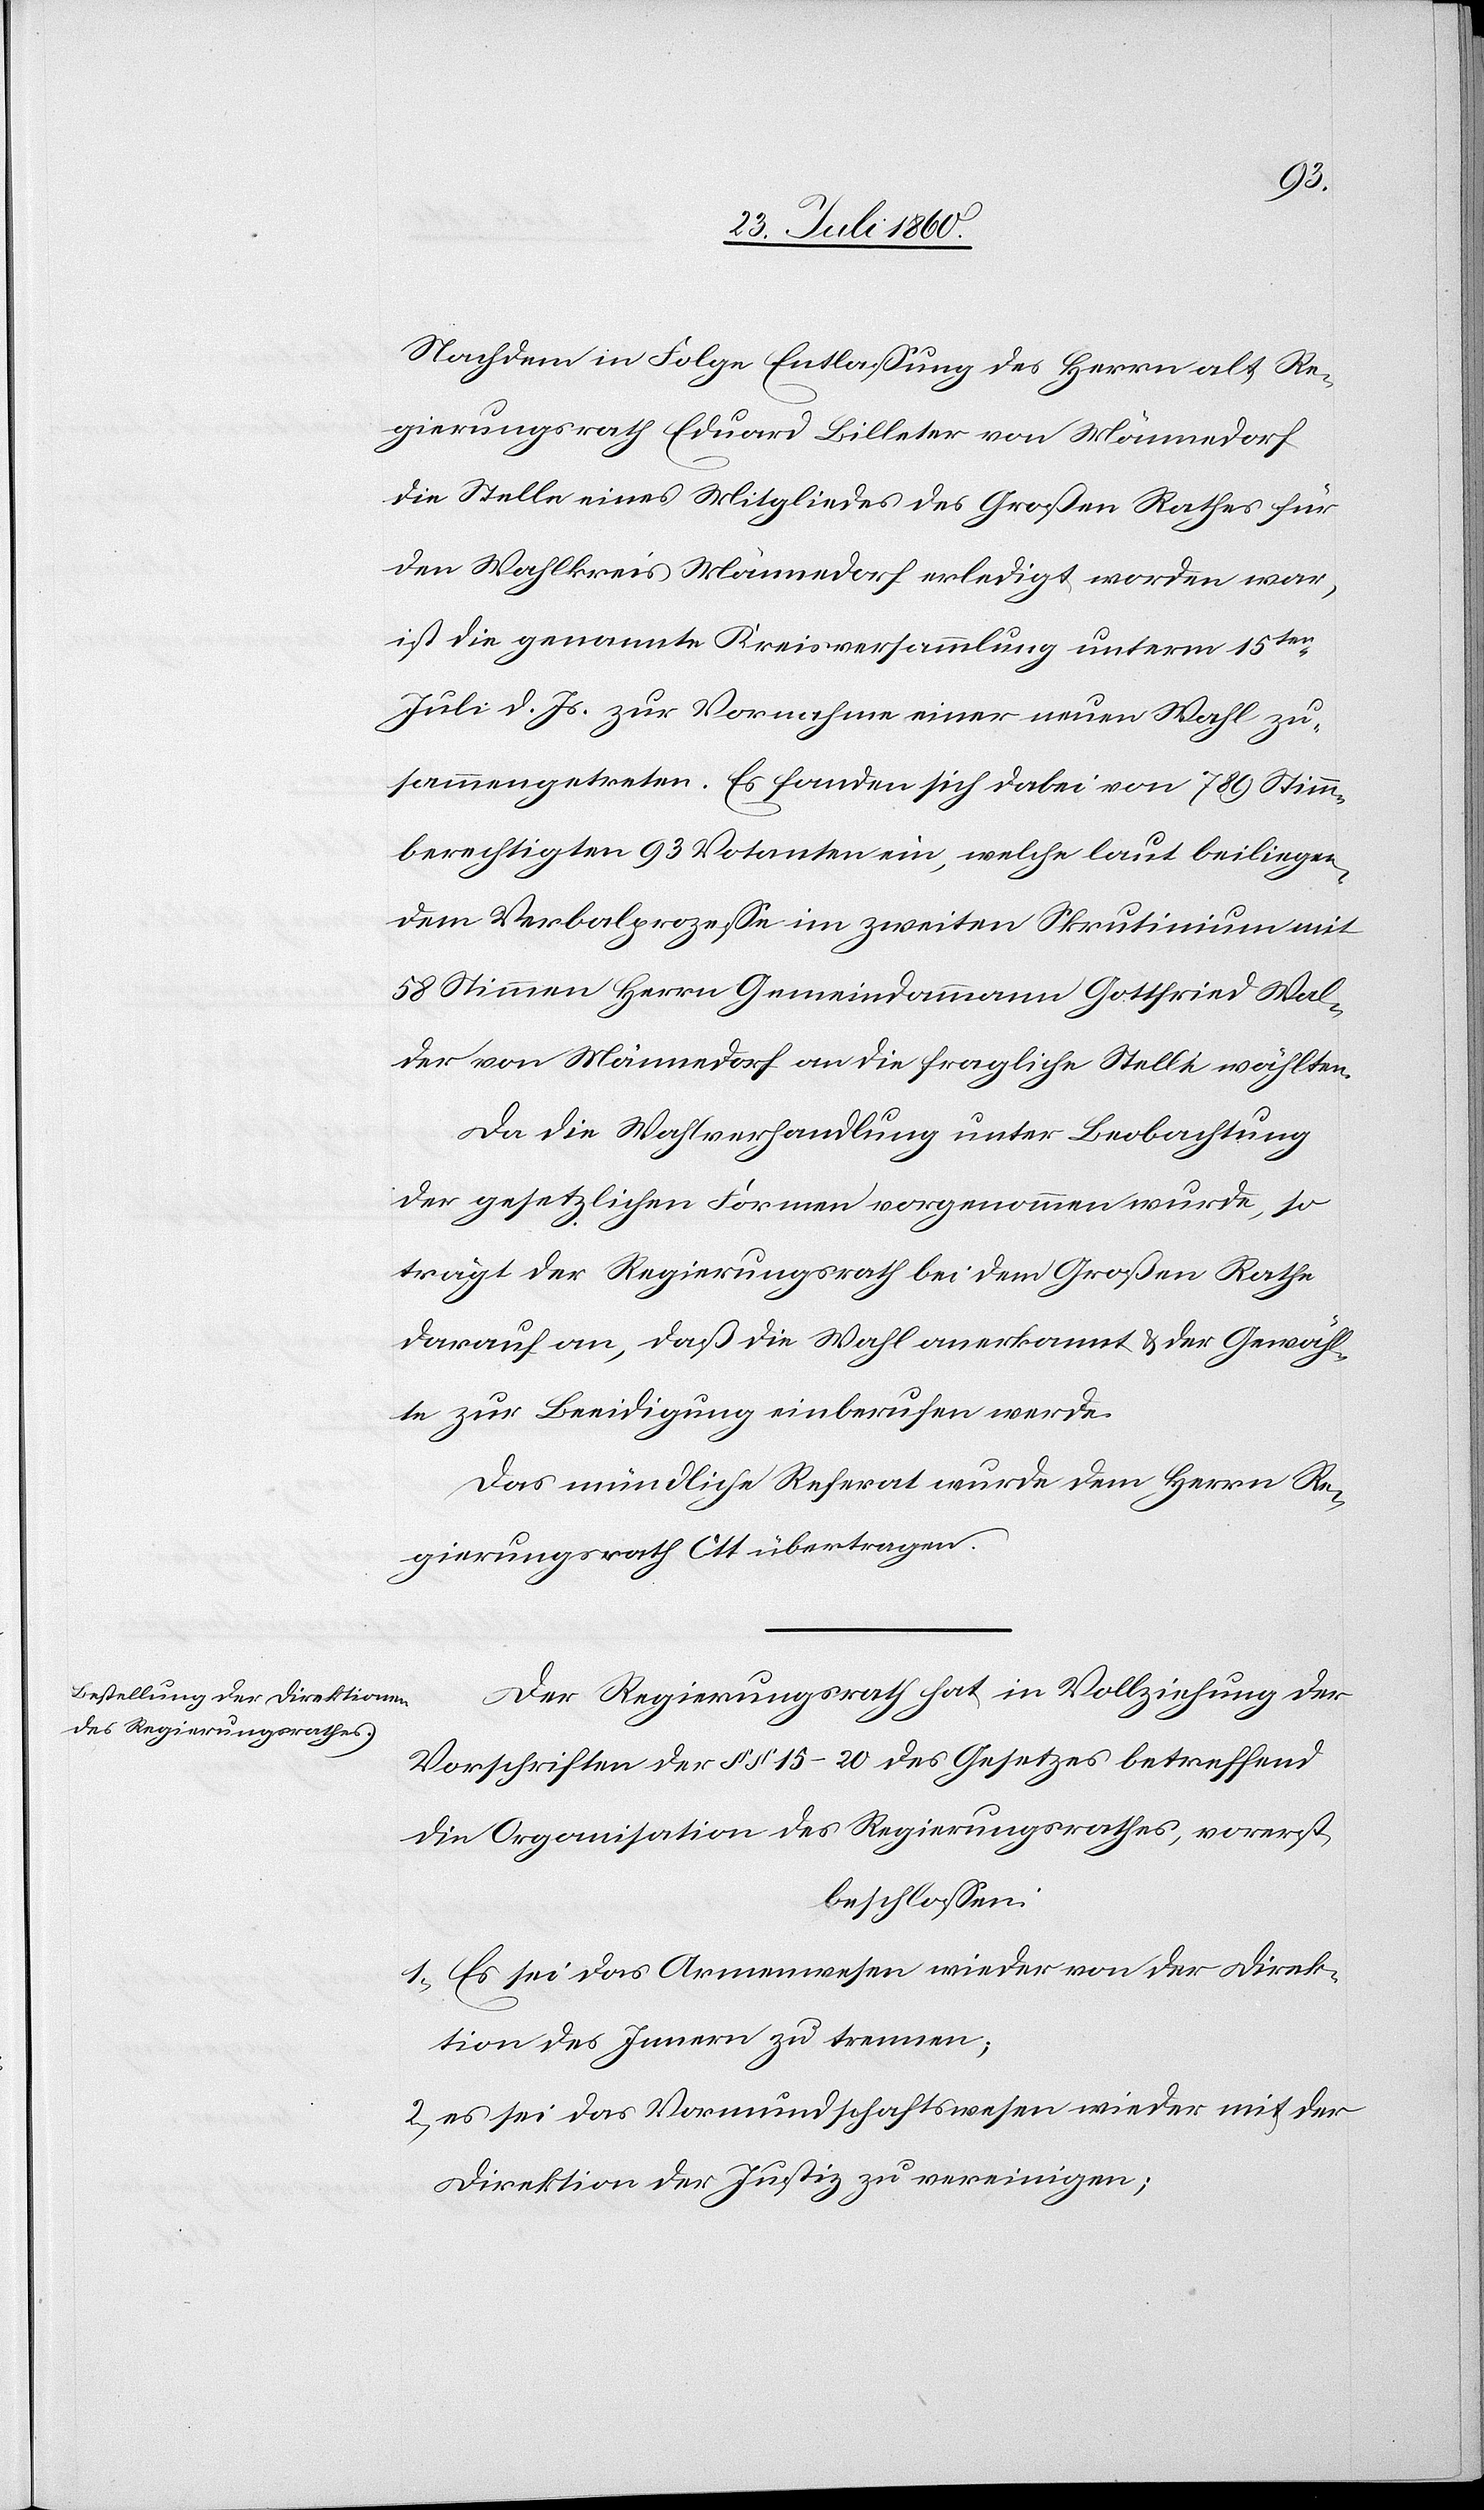
Nachdem in Folge Entlassung des Herrn alt Re¬
gierungsrath Eduard Billeter von Männedorf
die Stelle eines Mitgliedes des Grossen Rathes für
den Wahlkreis Männedorf erledigt worden war,
ist die genannte Kreisversammlung unterm 15t
Juli d. Js. zur Vornahme einer neuen Wahl zu¬
sammengetreten. Es fanden sich dabei von 789 Stimm¬
berechtigten 93 Votanten ein, welche laut beiliegen¬
dem Verbalprozesse im zweiten Skrutinium mit
58 Stimmen Herrn Gemeindammann Gottfried Wal¬
der von Männedorf an die fragliche Stelle wählten.
Da die Wahlverhandlung unter Beobachtung
der gesetzlichen Formen vorgenommen wurde, so
trägt der Regierungsrath bei dem Grossen Rathe
darauf an, dass die Wahl anerkannt u. der Gewähl¬
te zur Beeidigung einberufen werde.
Das mündliche Referat wurde dem Herrn Re¬
gierungsrath Ott übertragen.
Der Regierungsrath hat in Vollziehung der
Vorschriften der §§. 15–20 des Gesetzes betreffend
die Organisation des Regierungsrathes vorerst
beschlossen:
1) Es sei das Armenwesen wieder von der Direk¬
tion des Innern zu trennen,
2) es sei das Vormundschaftswesen wieder mit der
Direktion der Justiz zu vereinigen,